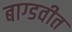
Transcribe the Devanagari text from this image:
बाग्डवीत